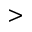
>